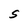
Character: S